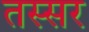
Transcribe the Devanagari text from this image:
तस्सर